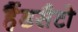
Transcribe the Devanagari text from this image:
हैंडसैटो